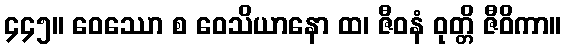
၄၄၅။ ဝေဿော စ ဝေသိယာနော ထ၊ ဇီဝနံ ဝုတ္တိ ဇီဝိကာ။